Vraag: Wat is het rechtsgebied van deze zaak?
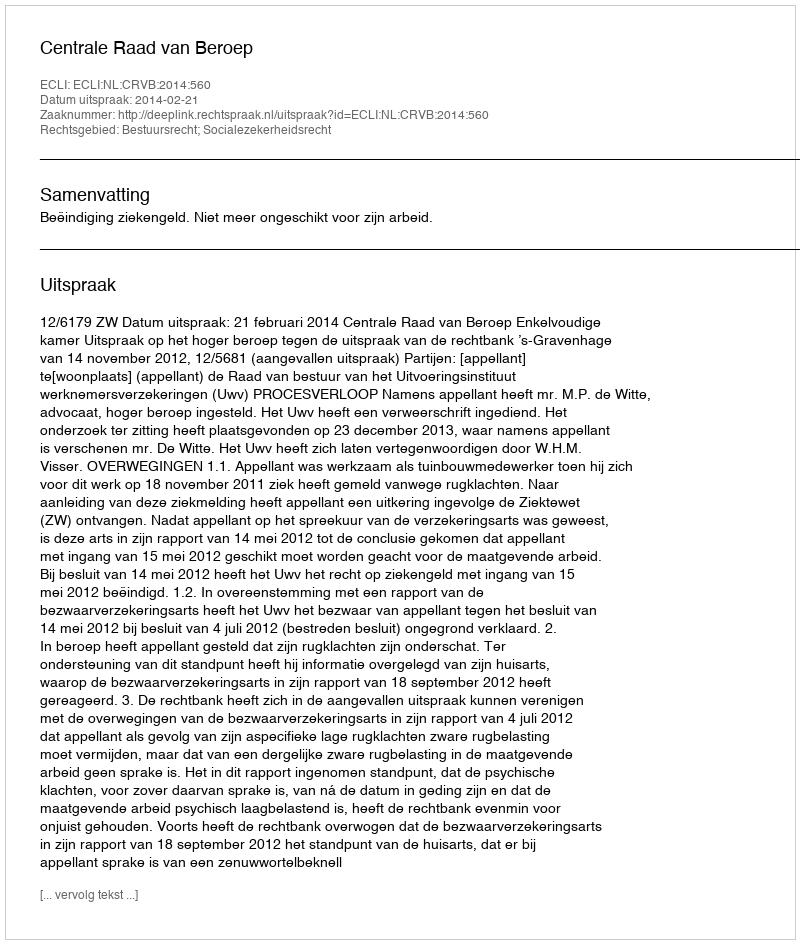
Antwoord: Bestuursrecht; Socialezekerheidsrecht